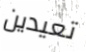
تعيدين